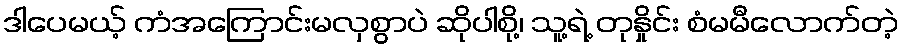
ဒါပေမယ့် ကံအကြောင်းမလှစွာပဲ ဆိုပါစို့၊ သူ့ရဲ့ တုနှိုင်း စံမမီလောက်တဲ့